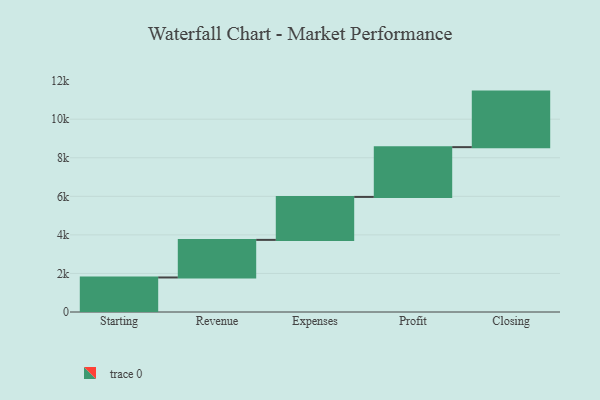
{"axis": {"x": "Step", "y": "Value"}, "legend": [""], "data": [{"x": "Starting", "y": 1791.0, "type": ""}, {"x": "Revenue", "y": 1950.0, "type": ""}, {"x": "Expenses", "y": 2228.0, "type": ""}, {"x": "Profit", "y": 2582.0, "type": ""}, {"x": "Closing", "y": 2881.0, "type": ""}]}